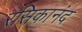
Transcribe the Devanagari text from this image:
रसिकानंद